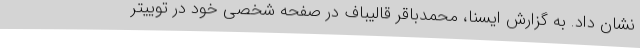
نشان داد. به گزارش ایسنا، محمدباقر قالیباف در صفحه شخصی خود در توییتر